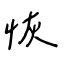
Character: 恢